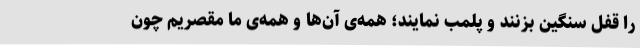
را قفل سنگین بزنند و پلمب نمایند؛ همه‌ی آن‌ها و همه‌ی ما مقصریم چون